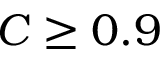
C \geq 0 . 9